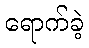
ရောက်ခဲ့